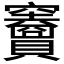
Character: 𥩐